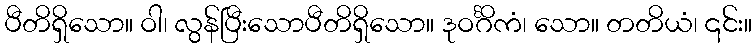
ပီတိရှိသော။ ဝါ၊ လွန်ပြီးသောပီတိရှိသော။ ဒုဝင်္ဂိကံ၊ သော။ တတိယံ၊ ၎င်း။